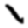
Digit: 1